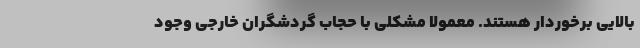
بالایی برخوردار هستند. معمولاً مشکلی با حجاب گردشگران خارجی وجود